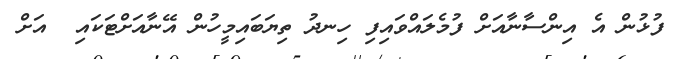
ފުޅުން އެ އިންސާނާއަށް ފުމެލައްވައިފި ހިނދު ތިޔަބައިމީހުން އޭނާއަށްޓަކައި  އަށް